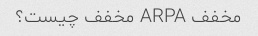
مخفف ARPA مخفف چیست؟